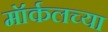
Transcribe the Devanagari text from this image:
मॉर्कलच्या